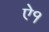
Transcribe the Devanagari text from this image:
ऐ१